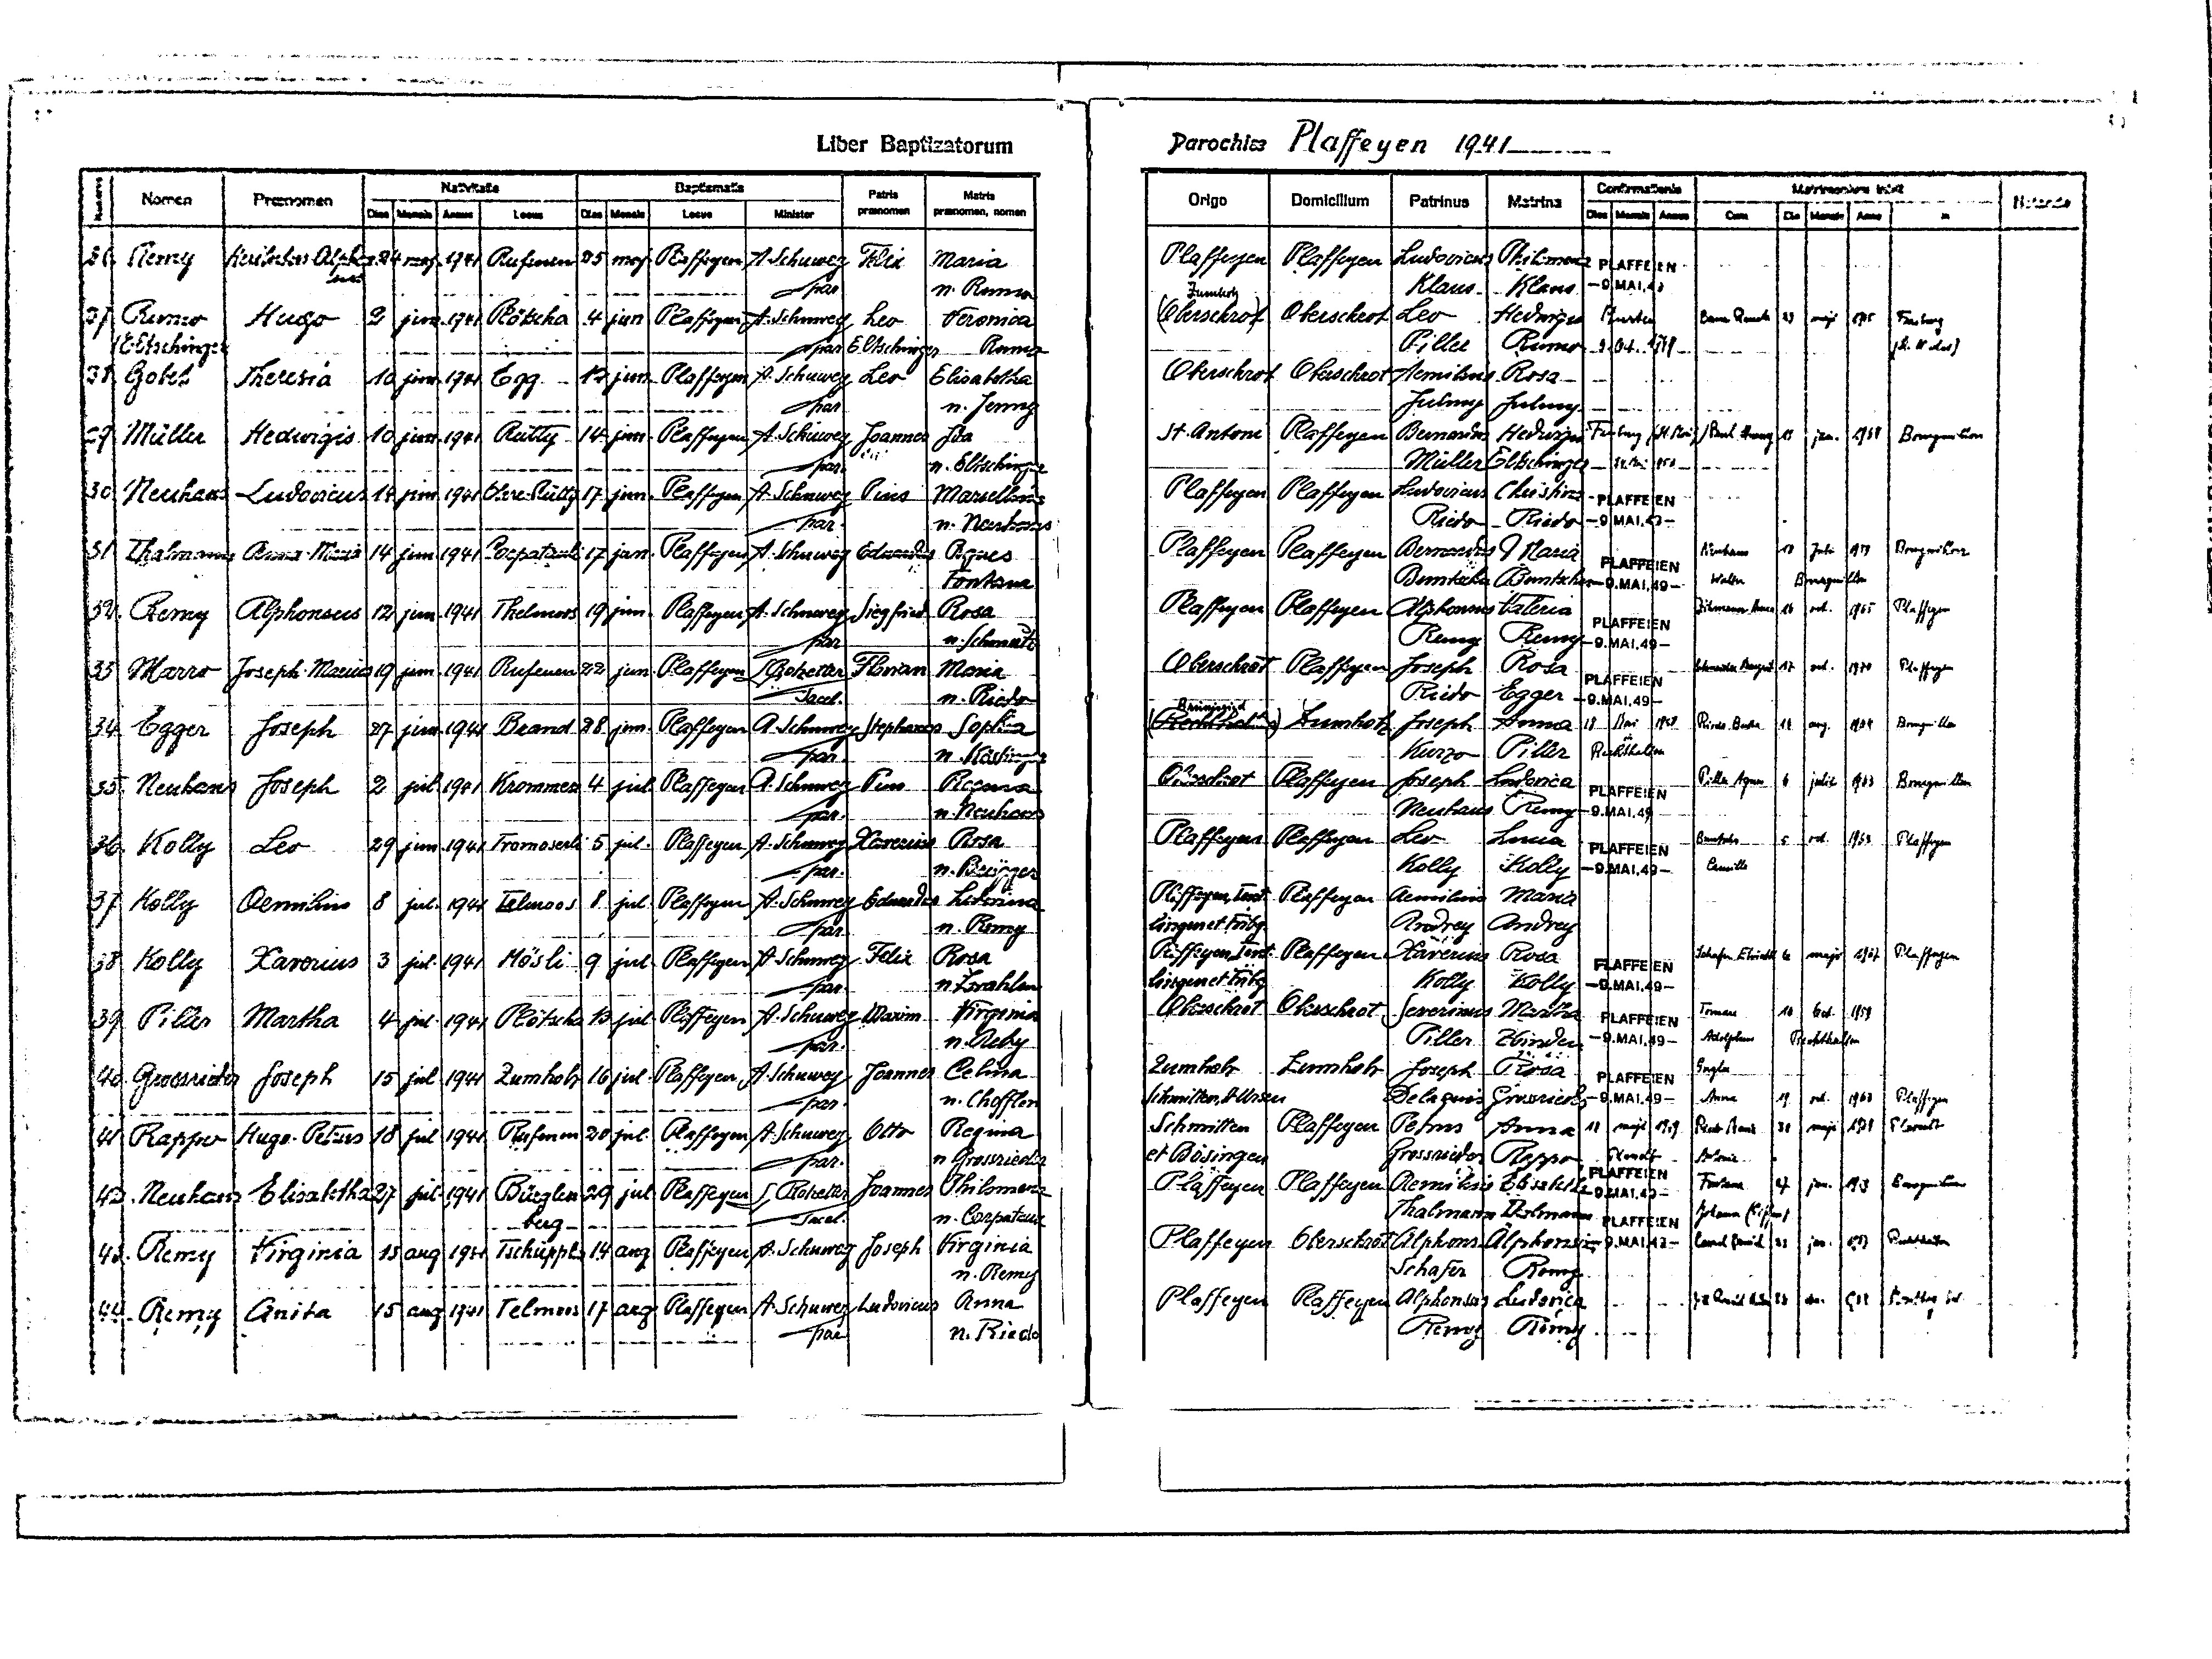
Liber Baptizatorum
Parochiae Plaffeyen 1941
Nativitatis
Baptismatis
Matrimonium inivit
Confirmationis
Patris
Matris
Nomen
Notanda
Praenomen
Minister
Origo Domicilium Patrinus Matrina Dies Mensis Locus
praenomen
praenomen, nomen
Dies Mensis Annus
Dies Mensis Locus
Locus
2 Mensis Anno
Plaffeyen Plaffeyen Ludovicus Philomena PLAFFEIEN
26 Remy
Heribertus-Alphons 24 maj 1941 Rufenen 25 maj. Plaffeyen A. Schuwey Felix Maria
ius
Klaus Klaus -9.MAI.49
n. Rumo
par
Zumholz
(Oberschrot) Oberschrot Leo Hedwigis Murten
Baur Renate 29 maji 1965
27 Rumo Hugo 2 jun 1941 Plötscha 4 jun. Plaffeyen A. Schuwey Leo Veronica
Freiburg
(St. Niklaus)
Piller Rumo -9. Oct. 1949
Eltschinger
par Eltschinger Rumo
Oberschrot Oberschrot Aemilius Rosa
28 Gobet Theresia 10 jun. 1941 Egg 12 jun. Plaffeyen A. Schuwey Leo Elisabetha
Julmy Julmy
n. Jenny
par
St. Antoni Plaffeyen Bernardus Hedwgis Friburg (St Ri-- Paul Schuwey 19 jun. 1964 Bourguillon
20 Müller Hedwigis 10 jun. 1941 Rütty 14 jun. Plaffeyen A. Schuwey Joannes Ida
Müller Eltschinger 24. Mai 1953
n. Eltschinger
par
Plaffeyen Plaffeyen Ludovicus Christina PLAFFEIEN
30 Neuhaus Ludovicus 14 jun. 1941 Obere-Rütty 17 jun. Plaffeyen A. Schuwey Pius Marcellina
Riedo Riedo -9.MAI.49-
par.
n. Neuhaus
Neuhaus 18 Juli 1959 Bourguillon
31 Thalmann Anna-Maria 14 jun 1941 Corpatauli 17 jun. Plaffeyen A. Schuwey Eduardus Agnes
Plaffeyen Plaffeyen Bernardus M Maria PLAFFEIEN
Bourguillon
Walter
Buntsch Buntschu -9.MAI.49-
Fontana
Zilmann Anna 16 oct. 1965 Plaffeyen
Plaffeyen Plaffeyen Alphonsus Valeria PLAFFEIEN
32. Remy Alphonsus 12 jun. 1941 Thelmoos 19 jun. Plaffeyen A. Schuwey Siegfried Rosa
Remy Remy -9.MAI.49-
par
n. Schmutz
Sander Margrit 17 oct. 1970 Plaffeyen
Oberschrot Plaffeyen Joseph Rosa PLAFFEIEN
33 Marro Joseph-Marius 19 jun. 1941 Rufenen 22 jun. Plaffeyen L Rotzetter Florian Maria
Riedo Egger -9.MAI.49-
sacel.
n. Riedo
Brünisried
(Rechthalten) Zumholz Joseph Anna 18 Mai 1948 Riedo Bertha 14 aug. 1964 Bourguillon
34 Egger Joseph 27 jun. 1941 Brand 28 jun. Plaffeyen A. Schuwey Stephanus Sophia
in
Kurzo Piller Rechthalten
par.
n. Köstinger
Oberschrot Plaffeyen Joseph Ludovica PLAFFEIEN Piller Agnes 2 Julii 1963 Bourguillon
35. Neuhaus Joseph 2 jul. 1941 Krommen 4 jul. Plaffeyen A. Schuwey Pius Regina
Neuhaus Remy -9.MAI.49-
n. Neuhaus
par
Plaffeyen Plaffeyen Leo Lucia PLAFFEIEN Buntschu 5 oct. 1965 Plaffeyen
36 Kolly Leo 29 jun. 1941 Framoserli 5 jul. Plaffeyen A. Schuwey Xaverius Rosa
Kolly Kolly -9.MAI.49- Camilla
n. Brügger
par.
Plaffeyen, Tent Plaffeyen Aemilius Maria
37 Kolly Aemilius 8 jul. 1941 Telmoos 8 jul. Plaffeyen A. Schuwey Eduardus Ludovica
lingen et Fribg
Andrey Andrey
n. Remy
par
Schafer Elisabeth 6 maj 1967 Plaffeyen
Plaffeyen, Tent Plaffeyen Xaverius Rosa PLAFFEIEN
38 Kolly Xaverius 3 jul. 1941 Mösli 9 jul. Plaffeyen A. Schuwey Felix Rosa
lingen et Fribg
Kolly Kolly -9.MAI.49-
n. Zwahlen
par.
Oberschrot Oberschrot Severinus Martha PLAFFEIEN Tornare 10 Oct 1959
39 Piller Martha 4 jul. 1941 Plötscha 10 jul. Plaffeyen A. Schuwey Maxim Virginia
Piller Zbinden -9.MAI.49- Adolphus Rechthalten
n. Aeby
par.
Zumholz Zumholz Joseph Rosa PLAFFEIEN Gugler
40 Grossrieder Joseph 15 jul. 1941 Zumholz 16 jul. Plaffeyen A. Schuwey Joannes Celina
Schmitten St Ursen
Delaquis Grossrieder -9.MAI.49- Anna 19 oct. 1963 Plaffeyen
n. Chofflon
par.
Schmitten Plaffeyen Petrus Anna 10 maj 1949 Riedo Hans 30 maji 1967 Plasselb
41 Rappo Hugo-Petrus 18 jul. 1941 Rufenen 20 jul. Plaffeyen A. Schuwey Otto Regina
et Bösingen
Grossrieder Rappo Plasselb
Antonia
n. Grossrieder
par.
PLAFFEIEN
Plaffeyen Plaffeyen Aemilius Elisabetha -9.MAI.49- Fontana 27 jun. 1959 Bourguillon
42. Neuhaus Elisabetha 27 jul. 1941 Bürglen 29 jul. Plaffeyen L. Rotzetter Joannes Philomena
Johann (Giffers
Thalmann Thalmann PLAFFEIEN
n. Corpataux
sacel.
berg
Plaffeyen Oberschrot Alphons Alphonsina -9.MAI.49- Caset Pamril 21 jun 1967 Rechthalten
43. Remy Virginia 13 aug. 1941 Tschüpplern 14 aug Plaffeyen A. Schuwey Joseph Virginia
Schafer Remy
n. Remy
Plaffeyen Plaffeyen Alphonsus Ludovica Caeh Mar 6 Nec. 1962 Cuntlgy t
44 Remy Anita 15 aug 1941 Telmoos 17 aug Plaffeyen A. Schuwey Ludovicus Anna
Remy Remy
n. Riedo
par